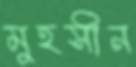
মুহসীন